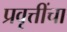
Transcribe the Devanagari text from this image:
प्रवृत्तींचा